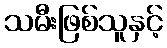
သမီးဖြစ်သူနှင့်